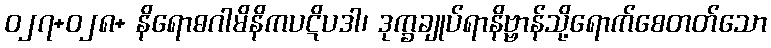
ဝ၂၇+၀၂၈+ နိရောဓဂါမိနိကပဋိပဒါ၊ ဒုက္ခချုပ်ရာနိဗ္ဗာန်သို့ရောက်စေတတ်သော